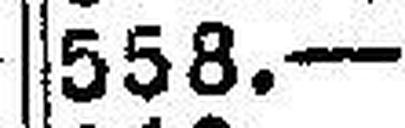
558.—